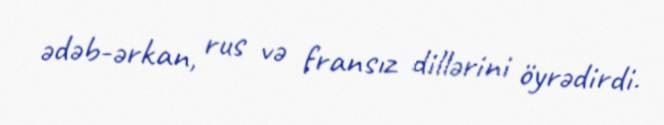
ədəb-ərkan, rus və fransız dillərini öyrədirdi.